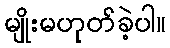
မျိုးမဟုတ်ခဲ့ပါ။